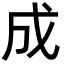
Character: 成